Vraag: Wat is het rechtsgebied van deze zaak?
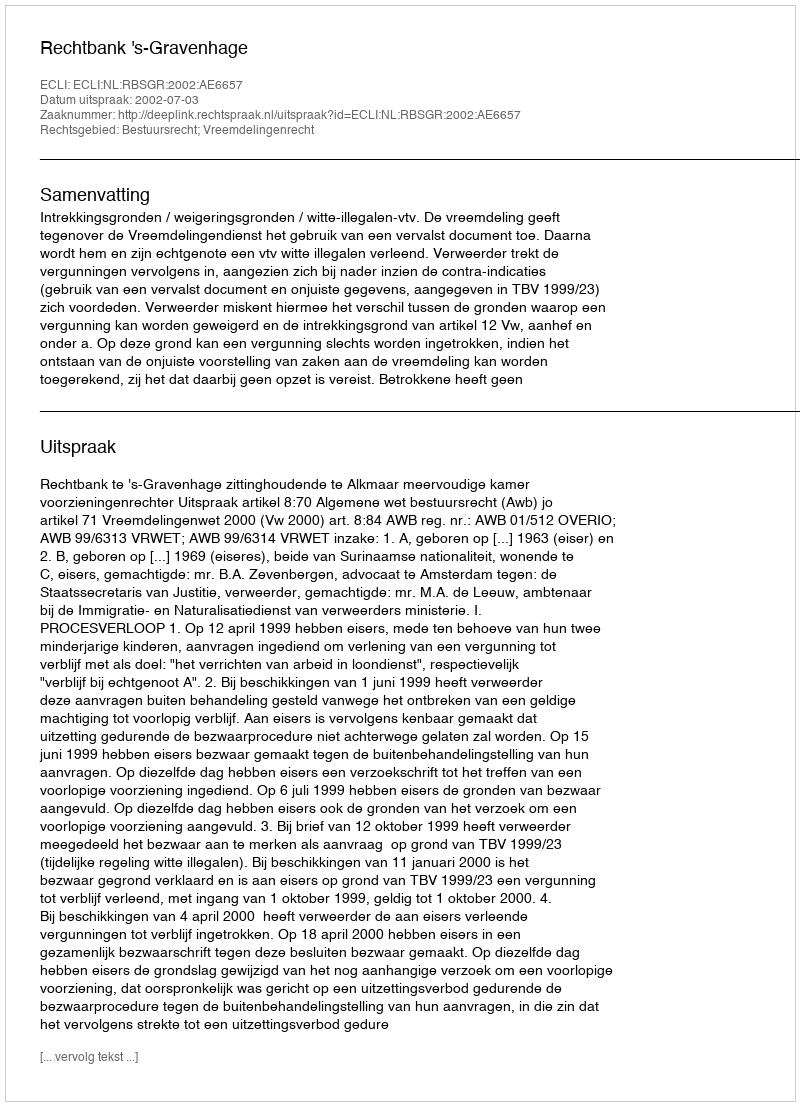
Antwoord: Bestuursrecht; Vreemdelingenrecht